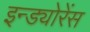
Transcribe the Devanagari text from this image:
इन्ड्योरेंस